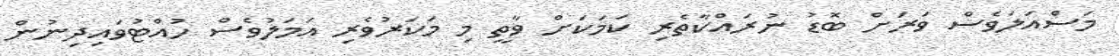
މަސްއަލަވެސް ވަރަށް ބޮޑު ނުރައްކާތެރި ކަމަކަށް ވާތީ މި މަކަރުވެރި އަމަލުވެސް ހުއްޓުވައިދިނުން